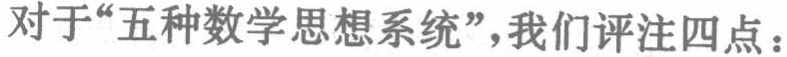
对于“五种数学思想系统”，我们评注四点：